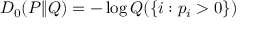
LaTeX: D _ { 0 } ( P \| Q ) = - \log Q ( \{ i : p _ { i } > 0 \} )